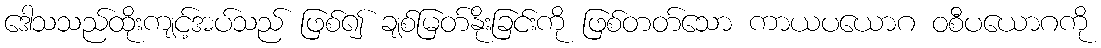
ဒေါသသည်ထိုးကျင့်အပ်သည် ဖြစ်၍ ချစ်မြတ်နိုးခြင်းကို ဖြစ်တတ်သော ကာယပယောဂ ဝစီပယောဂကို